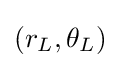
(r_{L},\theta _{L})